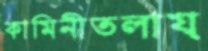
কামিনীতলায়